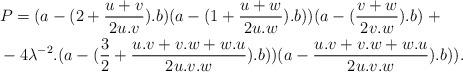
LaTeX: \begin{align*}& P = (a - (2 + \frac{u+v}{2u.v}).b)(a - (1 + \frac{u+w}{2u.w}).b))(a - (\frac{v+w}{2v.w}).b) \ + \\& - 4\lambda^{-2}.(a - (\frac{3}{2} + \frac{u.v+v.w+w.u}{2u.v.w}).b))(a - \frac{u.v+v.w+w.u}{2u.v.w}).b)).\end{align*}